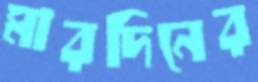
মারদিনের